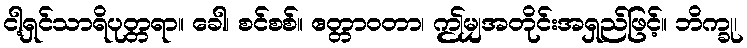
ငါ့ရှင်သာရိပုတ္တရာ။ ခေါ၊ စင်စစ်။ ဧတ္တာဝတာ၊ ဤမျှအတိုင်းအရှည်ဖြင့်။ ဘိက္ခု၊